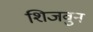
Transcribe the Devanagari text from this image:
शिजवुन